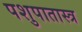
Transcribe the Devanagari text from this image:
पशुपातास्त्र